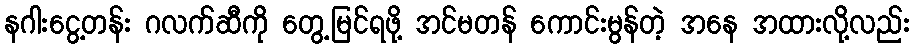
နဂါးငွေ့တန်း ဂလက်ဆီကို တွေ့မြင်ရဖို့ အင်မတန် ကောင်းမွန်တဲ့ အနေ အထားလို့လည်း